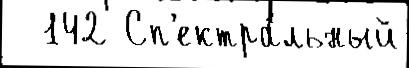
  142 Сп'ектра́льный